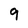
Character: 9